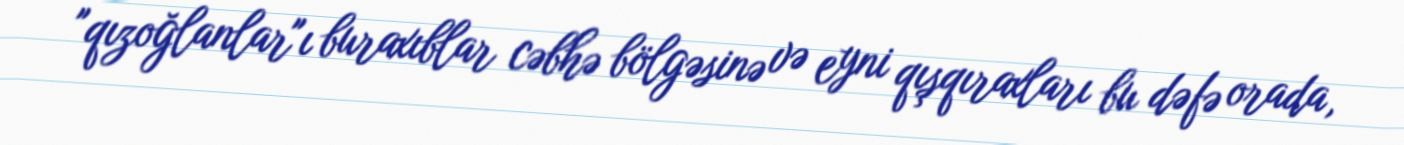
"qızoğlanlar"ı buraxıblar cəbhə bölgəsinə və eyni qışqıraxları bu dəfə orada,